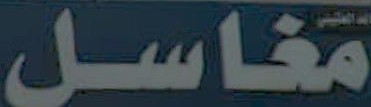
مغاسل